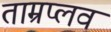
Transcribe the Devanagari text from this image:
ताम्रप्लव